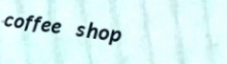
coffee shop